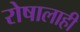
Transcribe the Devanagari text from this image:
रोषालाही